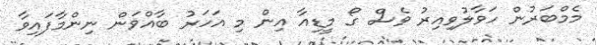
މެމްބަރުން ހަވާލުވިއިރު ވެސް ގޯ މީޑިއާ އިން މި އަހަރު ބާއްވަން ނިންމާފައިވާ